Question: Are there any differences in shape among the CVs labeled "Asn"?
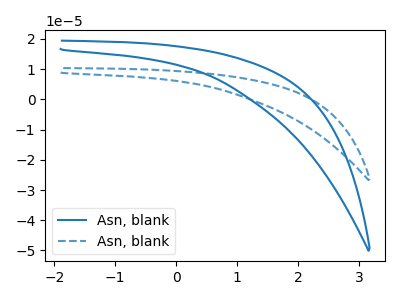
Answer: <think>The blue curve "Asn, blank1" has no peaks. The blue dashed curve "Asn, blank2" has no peaks.
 Neither "Asn, blank1" or "Asn, blank2" have any peaks.</think>
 <answer>All the CV's of "Asn" have similar shape.</answer>
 <eval>follow_rule</eval>